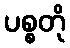
ပစ္စတို